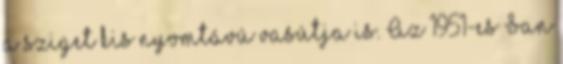
a sziget kis nyomtávú vasútja is. Az 1951-es San